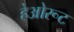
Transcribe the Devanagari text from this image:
हेओरूट